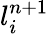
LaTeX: {l}_{i}^{n+1}